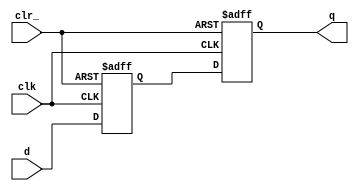
// ================================================================
// NVDLA Open Source Project
// 
// Copyright(c) 2016 - 2017 NVIDIA Corporation.  Licensed under the
// NVDLA Open Hardware License; Check "LICENSE" which comes with 
// this distribution for more information.
// ================================================================


module  p_SSYNC2DO_C_PP (
	 clk
	,d
	,clr_
	,q
	);

	//---------------------------------------
	//IO DECLARATIONS

input	 clk ;
input	 d ;
input	 clr_ ;
output	 q ;

reg q,d0;

always @(posedge clk or negedge clr_)
begin
    if(~clr_)
        {q,d0} <= 2'd0;
    else
        {q,d0} <= {d0,d};
end


endmodule